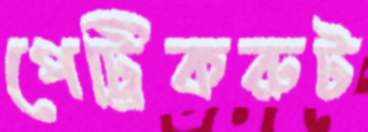
পেট্রিকরুট